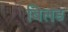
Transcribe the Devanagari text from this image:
बिलड